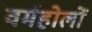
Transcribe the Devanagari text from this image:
वर्महोलों